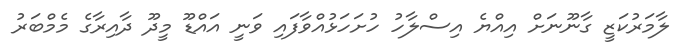
ލާމަރުކަޒީ ގާނޫނަށް އިއްޔެ އިސްލާހު ހުށަހަޅުއްވާފައި ވަނީ އައްޑޫ މީދޫ ދާއިރާގެ މެމްބަރު